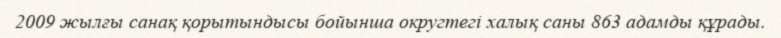
2009 жылғы санақ қорытындысы бойынша округтегі халық саны 863 адамды құрады.